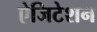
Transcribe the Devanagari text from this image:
ऐजिटेशन